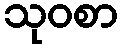
သုဝစာ